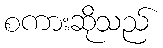
စကားဆိုသည်